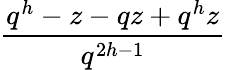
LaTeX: \frac{q^{h}-z-qz+q^{h}z}{q^{2h-1}}